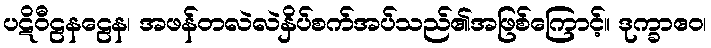
ပဋိဝီဠနဠေန၊ အဖန်တလဲလဲနှိပ်စက်အပ်သည်၏အဖြစ်ကြောင့်။ ဒုက္ခာဧဝ၊